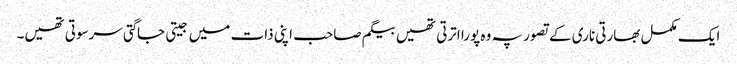
ایک مکمل بھارتی ناری کے تصور پہ وہ پورا اترتی تھیں بیگم صاحب اپنی ذات میں جیتی جاگتی سرسوتی تھیں۔